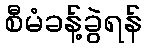
စီမံခန့်ခွဲရန်